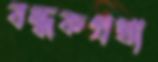
বন্ধকপ্রথা